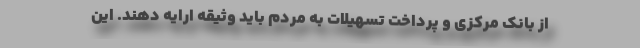
از بانک مرکزی و پرداخت تسهیلات به مردم باید وثیقه ارایه دهند. این